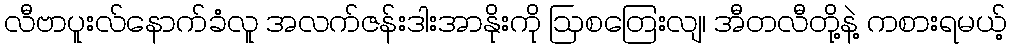
လီဗာပူးလ်နောက်ခံလူ အလက်ဇန်းဒါးအာနိုးကို ဩစတြေးလျ၊ အီတလီတို့နဲ့ ကစားရမယ့်